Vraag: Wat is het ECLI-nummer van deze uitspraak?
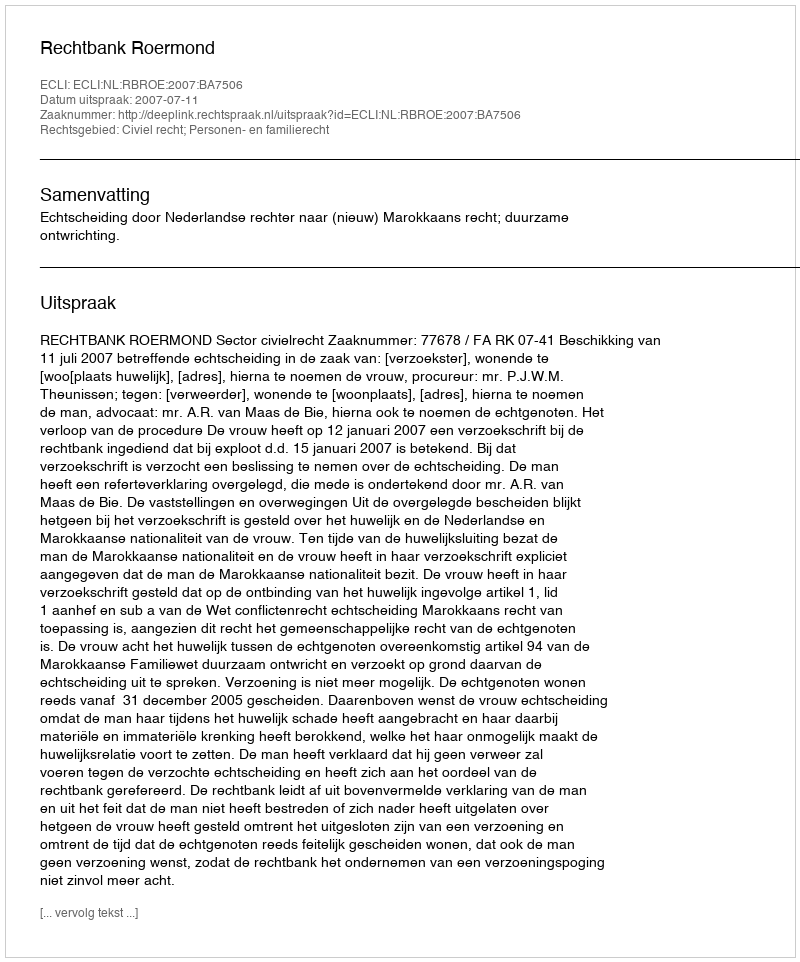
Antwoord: ECLI:NL:RBROE:2007:BA7506